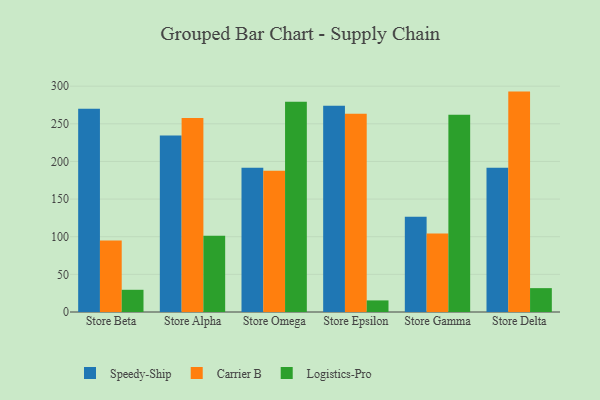
{"axis": {"x": "Store", "y": "LTV (USD)"}, "legend": ["Carrier B", "Logistics-Pro", "Speedy-Ship"], "data": [{"x": "Store Beta", "y": 270.1, "type": "Speedy-Ship"}, {"x": "Store Beta", "y": 95.1, "type": "Carrier B"}, {"x": "Store Beta", "y": 29.5, "type": "Logistics-Pro"}, {"x": "Store Alpha", "y": 234.5, "type": "Speedy-Ship"}, {"x": "Store Alpha", "y": 257.7, "type": "Carrier B"}, {"x": "Store Alpha", "y": 101.4, "type": "Logistics-Pro"}, {"x": "Store Omega", "y": 191.5, "type": "Speedy-Ship"}, {"x": "Store Omega", "y": 187.8, "type": "Carrier B"}, {"x": "Store Omega", "y": 279.3, "type": "Logistics-Pro"}, {"x": "Store Epsilon", "y": 273.9, "type": "Speedy-Ship"}, {"x": "Store Epsilon", "y": 263.3, "type": "Carrier B"}, {"x": "Store Epsilon", "y": 15.4, "type": "Logistics-Pro"}, {"x": "Store Gamma", "y": 126.4, "type": "Speedy-Ship"}, {"x": "Store Gamma", "y": 104.3, "type": "Carrier B"}, {"x": "Store Gamma", "y": 261.9, "type": "Logistics-Pro"}, {"x": "Store Delta", "y": 191.6, "type": "Speedy-Ship"}, {"x": "Store Delta", "y": 292.8, "type": "Carrier B"}, {"x": "Store Delta", "y": 31.7, "type": "Logistics-Pro"}]}